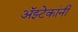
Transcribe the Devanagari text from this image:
अॅझ्टेकांनी